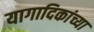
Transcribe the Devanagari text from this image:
यागादिकांच्या